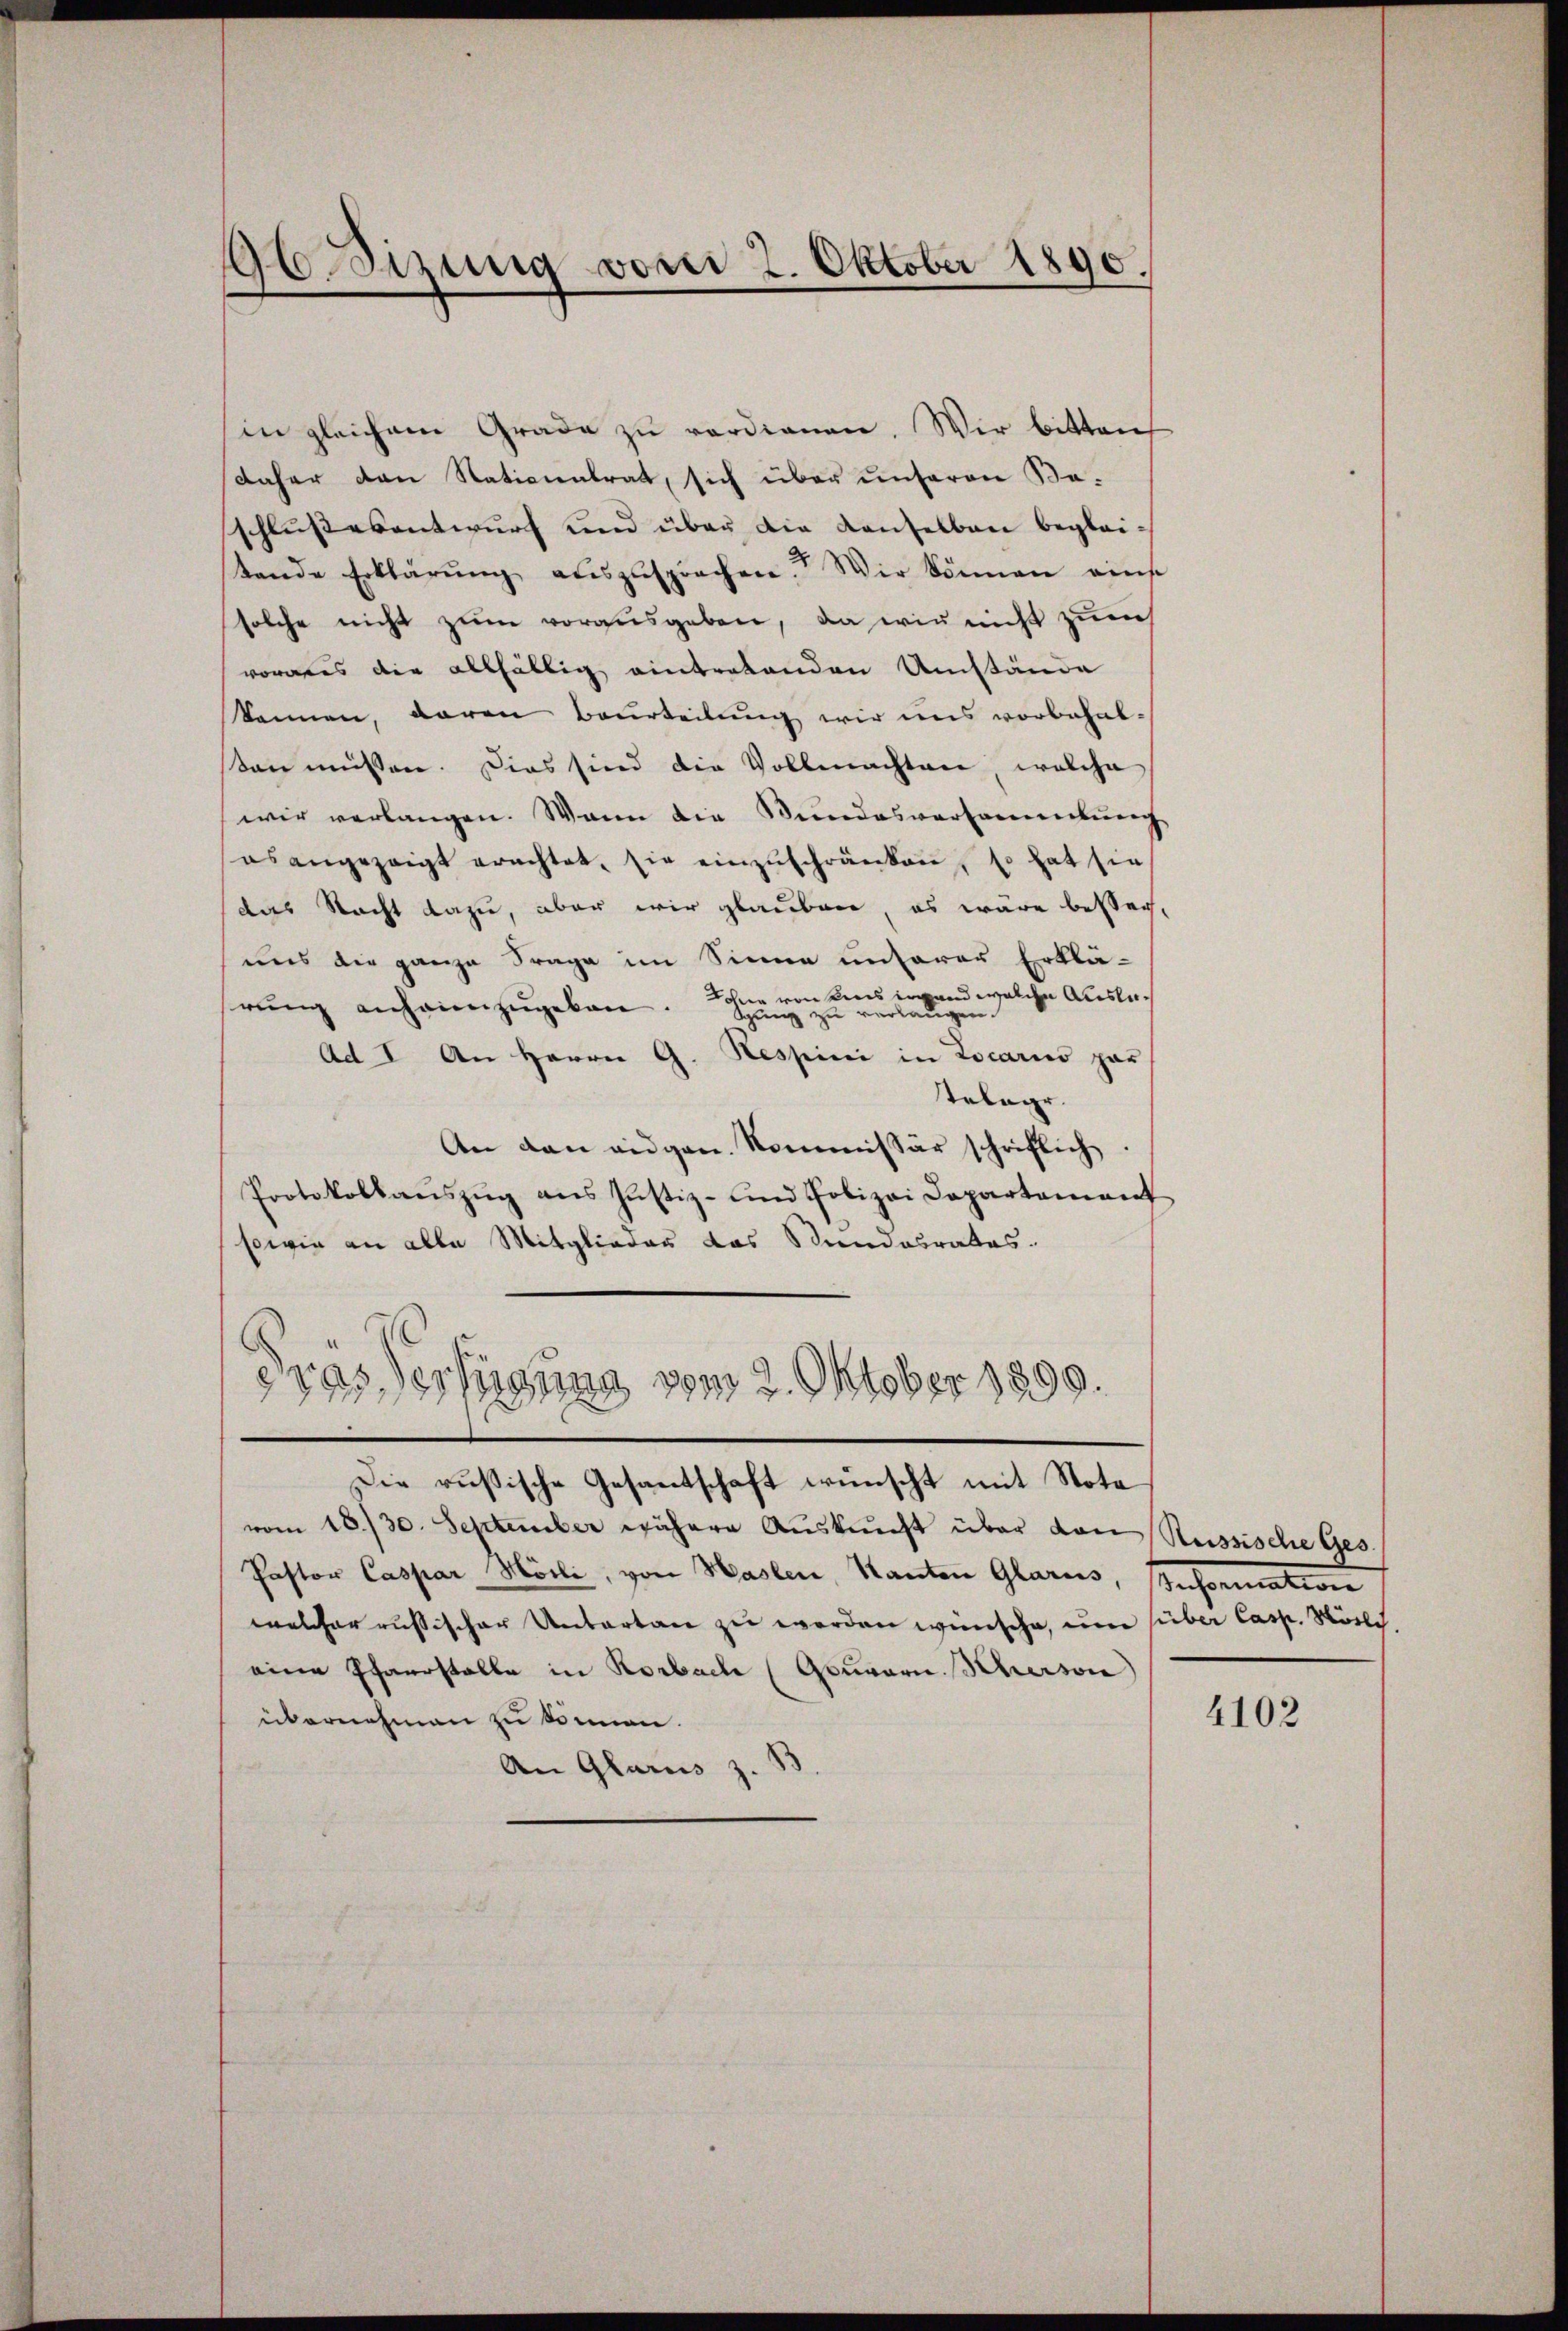
ASizung vom 2. Oktober 1890.

in gleichem Grade zu verdienen. Wir bitten
daher den Naticientrat, sich über unseren Beschlußesentwurf und über die denselben begleistande Erklärŭng auszusprechen. Wir können eins
solche nicht zum vorausgeben, da wir nicht zum
vorales die allfällig eintretenden Umstände
kennen, daran Beurteilung wir uns vorbehalsen müssen. Dies sind die Vollmachten, welche
wir verlangen. Wann die Bundesversammlung
esangezeigt erachtet, sie einzŭschränken, so hat sie
das Nacht dazu, aber wir glauben, es wäre besser,
uns die ganze Frage im Sinne unserer Erklä-
rŭng anheinzugeben. Sohne von kenswand welche Auslach
n
er
au
zu
gung
Ad I. An Herrn G. Respini in Locaris par
Telegr.
An dan eidgen. Kommissär schriftlich.
Protokollaŭszŭg ans Justiz- und Polizei Departement
sowie an alle Mitglieder das Stundesrates.
dras Verfügung vom 2. Oktober 1890.
.
Die rußische Gesantschaft wünscht mit Nota
vom 18./30. September währen Aŭskŭnft über den Russische Ges.
Pastor Caspar Hösli, von Haslen, Kanton Glarus, Anformation
welcher russischer Untertan zu werden wünsche, um sieber Casp. Mörl,
eine Pfarrstelle in Rorbach (Gouvern. Scherson
übernehmen zu können.
An Glarus z.

4102